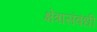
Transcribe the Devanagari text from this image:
क्षेत्रासंबंधी